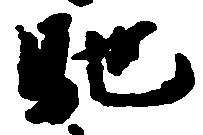
馳